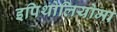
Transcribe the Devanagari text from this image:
इपिथोलियोमा